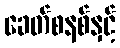
ခေတ်စနစ်နှင့်